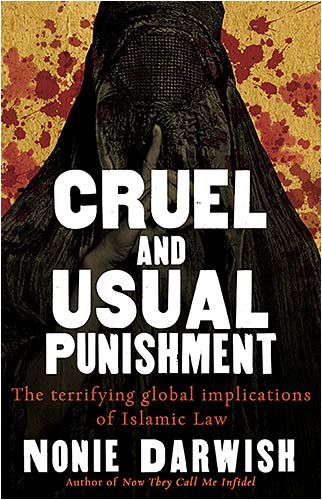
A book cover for Cruel and Usual Punishment: The Terrifying Global Implications of Islamic Law; Nonie Darwish; Law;